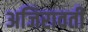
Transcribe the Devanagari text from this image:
अजिरावती